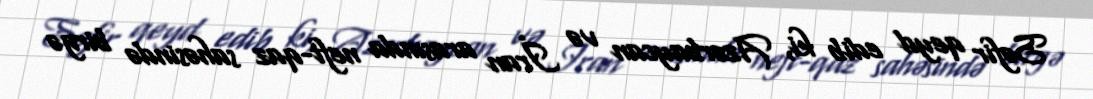
Səfir qeyd edib ki, Azərbaycan və İran arasında neft-qaz sahəsində birgə